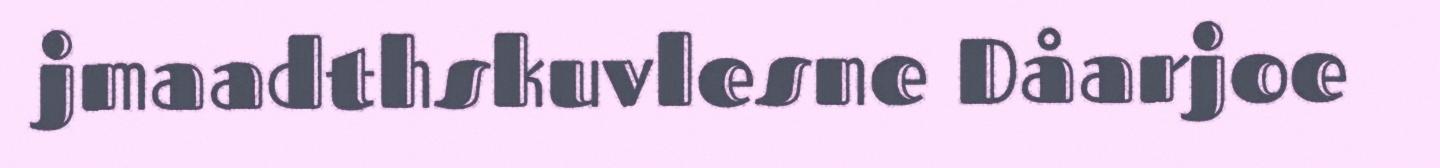
jmaadthskuvlesne Dåarjoe